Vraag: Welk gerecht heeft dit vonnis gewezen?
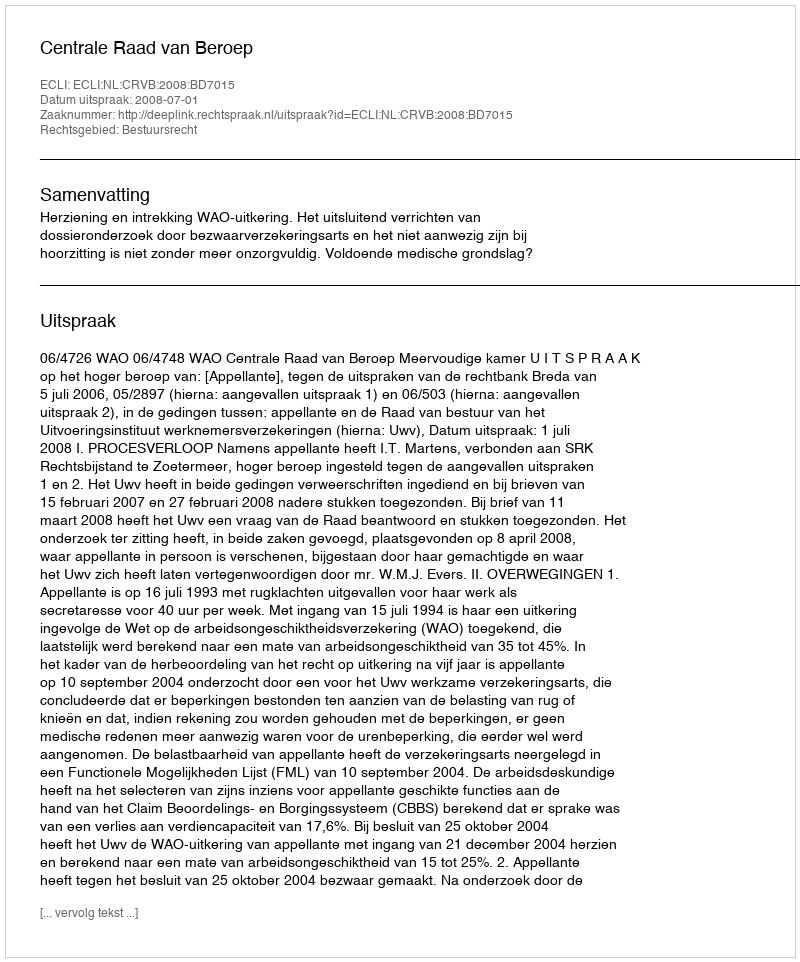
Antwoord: Centrale Raad van Beroep